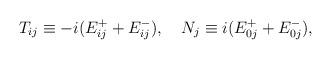
LaTeX: \begin{align*}T_{ij}\equiv-i(E^+_{ij}+E^-_{ij}),\quad N_j\equiv i(E^+_{0j}+E^-_{0j}),\end{align*}